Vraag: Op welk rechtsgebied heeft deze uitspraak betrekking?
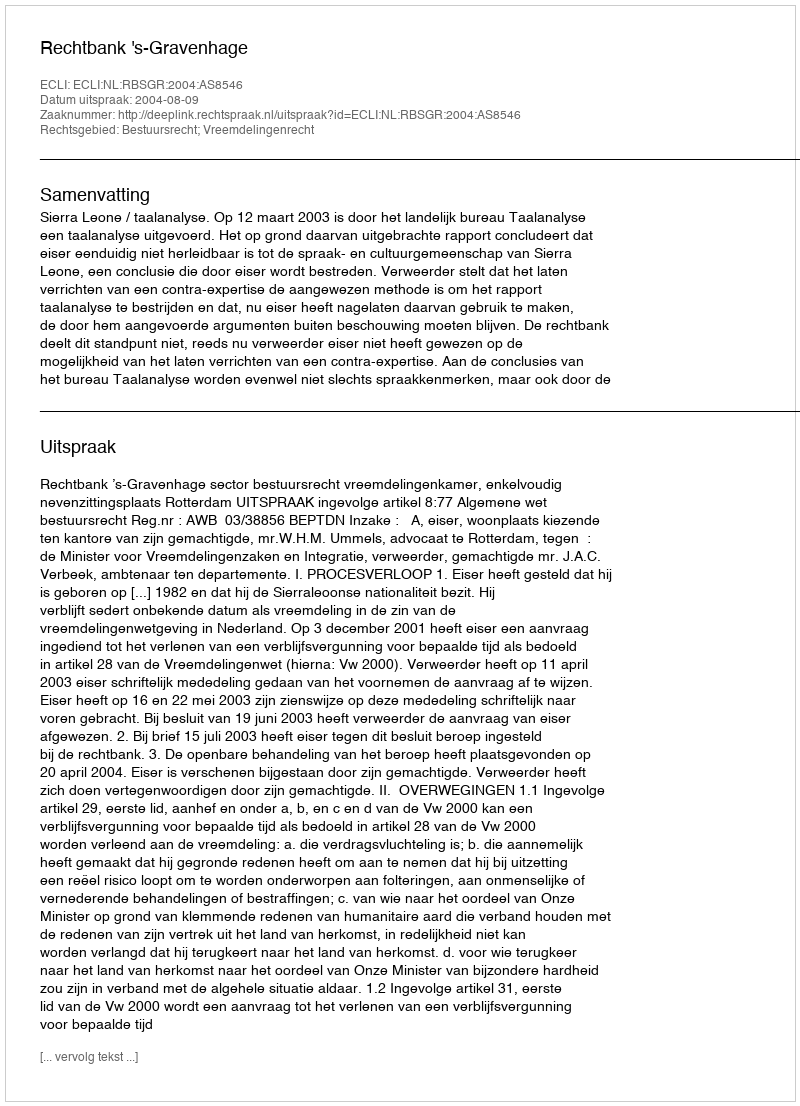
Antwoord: Bestuursrecht; Vreemdelingenrecht